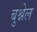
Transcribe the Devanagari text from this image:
बुश्नेल